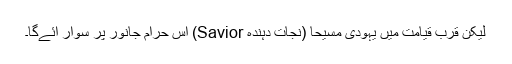
لیکن قربِ قیامت میں یہودی مسیحا (نجات دہندہ Savior) اس حرام جانور پر سوار آئےگا۔